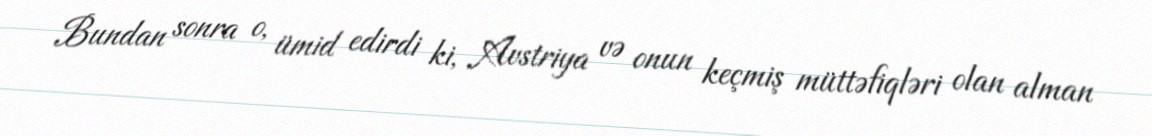
Bundan sonra o, ümid edirdi ki, Avstriya və onun keçmiş müttəfiqləri olan alman